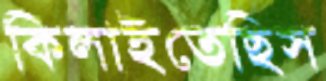
কিলাইতেছিস